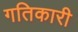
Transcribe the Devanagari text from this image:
गतिकारी